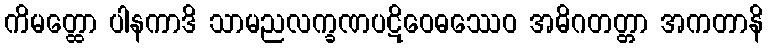
ကိမတ္ထော ပါနကာဒိ သာမညလက္ခဏပဋိဝေဓဿေဝ အဓိဂတတ္တာ အကတာနိ